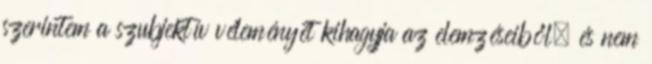
szerintem a szubjektív véleményét kihagyja az elemzéseiből, és nem